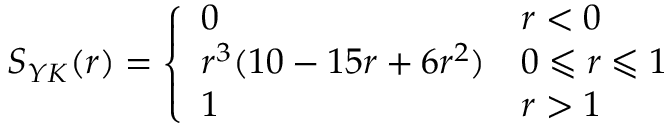
S _ { Y K } ( r ) = \left\{ \begin{array} { l l } { 0 } & { r < 0 } \\ { r ^ { 3 } ( 1 0 - 1 5 r + 6 r ^ { 2 } ) } & { 0 \leqslant r \leqslant 1 } \\ { 1 } & { r > 1 } \end{array} \right.